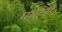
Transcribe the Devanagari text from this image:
घालुनी